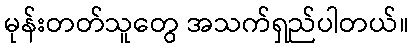
မုန်းတတ်သူတွေ အသက်ရှည်ပါတယ်။